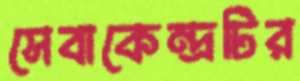
সেবাকেন্দ্রটির